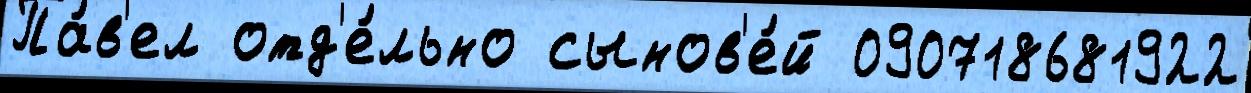
Па́в'ел отд'е́льно сынов'е́й 090718681922